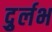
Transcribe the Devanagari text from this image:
दुर्र्लभ